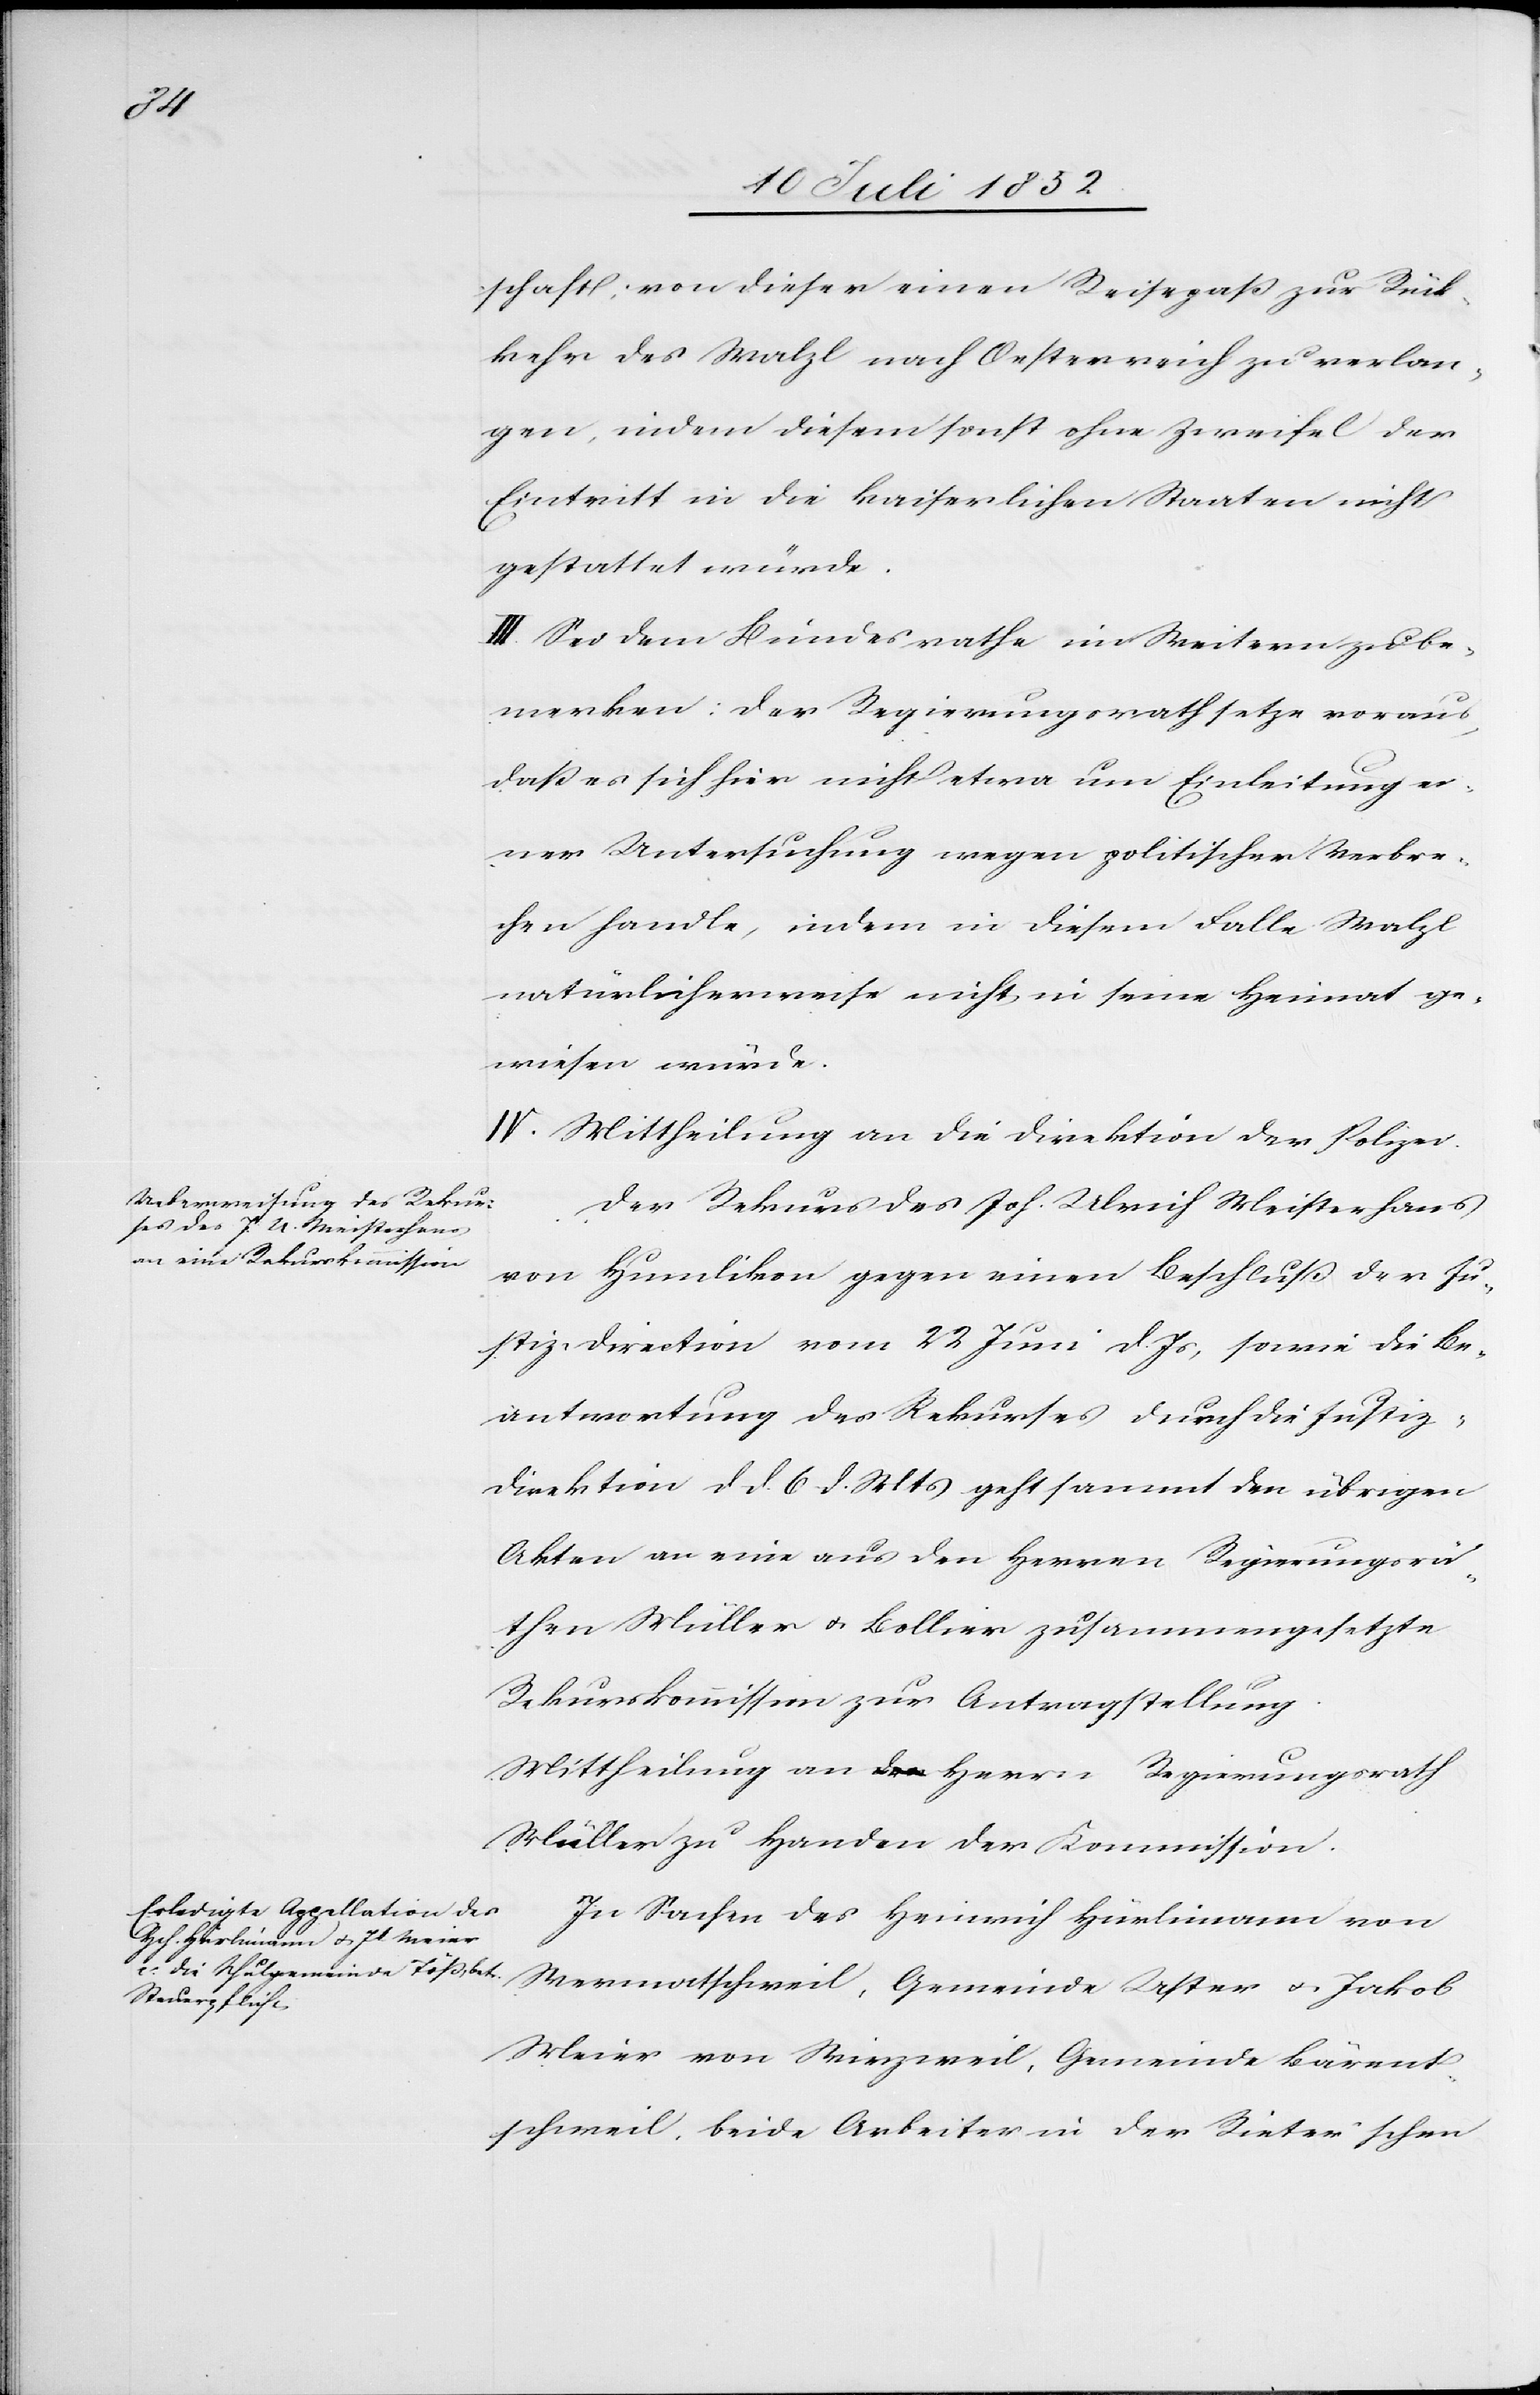
schaft, von dieser einen Reisepaß zur Rück¬
kehr des Walzl nach Oesterreich zu verlan¬
gen, indem diesem sonst ohne Zweifel der
Eintritt in die kaiserlichen Staaten nicht
gestattet würde.
III. Sei dem Bundesrathe im Weitern zu be¬
merken: Der Regierungsrath setze voraus,
daß es sich hier nicht etwa um Einleitung ei¬
ner Untersuchung wegen politischer Verbre¬
chen handle, indem in diesem Falle Walzl
natürlicherweise nicht in seine Heimat ge¬
wiesen würde.
IV. Mittheilung an die Direktion der Polizei.
Der Rekurs des Joh. Ulrich Meisterhans
von Humlikon gegen einen Beschluß der Ju¬
stiz-Direction vom 22 Juni d. Js, sowie die Be¬
antwortung des Rekurses durch die Justiz-D¬
irektion d d. 6 d. Mts geht sammt den übrigen
Akten an eine aus den Herren Regierungsrä¬
then Müller & Bollier zusammengesetzte
Rekurskommission zur Antragstellung.
Mittheilung an den Herrn Regierungsrath
Müller zu Handen der Kommission.
In Sachen des Heinrich Hürlimann von
Wermatschweil, Gemeinde Uster & Jakob
Meier von Wirzweil, Gemeinde Bärent¬
schweil, beide Arbeiter in der Rieter’schen